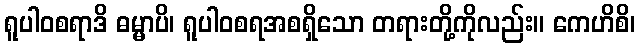
ရူပါဝစရာဒိ ဓမ္မာပိ၊ ရူပါဝစရအစရှိသော တရားတို့ကိုလည်း။ ကေဟိစိ၊